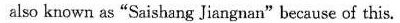
also known as "Saishang Jiangnan"because of this.